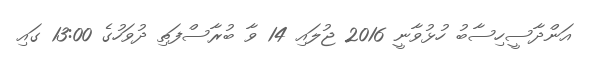
އަންދާސީހިސާބު ހުޅުވާނީ 2016 ޖުލައި 14 ވާ ބުރާސްފަތި ދުވަހުގެ 13:00 ގައި